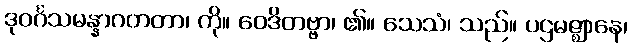
ဒုဝင်္ဂသမန္နာဂတတာ၊ ကို။ ဝေဒိတဗ္ဗာ၊ ၏။ သေသံ၊ သည်။ ပဌမဇ္ဈာနေ၊